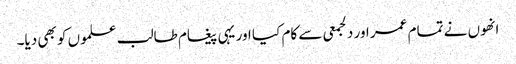
انھوں نے تمام عمر اور دلجمعی سے کام کیا اور یہی پیغام طالب علموں کو بھی دیا۔